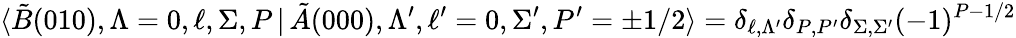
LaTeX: \langle\tilde{B}(010),\Lambda=0,\ell,\Sigma,P\, {|}\, \tilde{A}(000),\Lambda^{\prime},\ell^{\prime}=0,\Sigma^{\prime},P^{\prime}=\pm 1/2\rangle=\delta_{\ell,\Lambda^{\prime}}\delta_{P,P^{\prime}}\delta_{\Sigma,\Sigma^{\prime}}(-1)^{P-1/2}